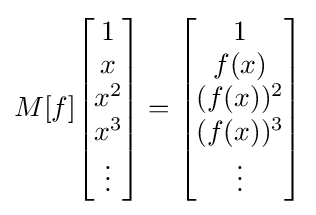
M[f]{\begin{bmatrix}1\\x\\x^{2}\\x^{3}\\\vdots \end{bmatrix}}={\begin{bmatrix}1\\f(x)\\(f(x))^{2}\\(f(x))^{3}\\\vdots \end{bmatrix}}